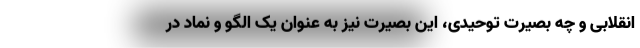
انقلابی و چه بصیرت توحیدی، این بصیرت نیز به عنوان یک الگو و نماد در